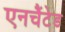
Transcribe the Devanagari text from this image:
एनचैंटेड